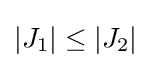
|J_{1}|\leq |J_{2}|